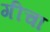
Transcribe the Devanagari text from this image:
गीचा